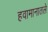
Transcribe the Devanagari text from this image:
हवामानातले